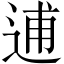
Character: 逋